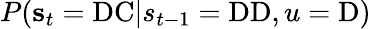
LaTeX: P(\mathbf{s}_{t}=\mathrm{DC}|s_{t-1}=\mathrm{DD},u=\mathrm{D})